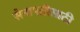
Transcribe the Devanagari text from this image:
सेनापतीसाठी